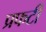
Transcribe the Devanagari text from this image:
प्रफटी